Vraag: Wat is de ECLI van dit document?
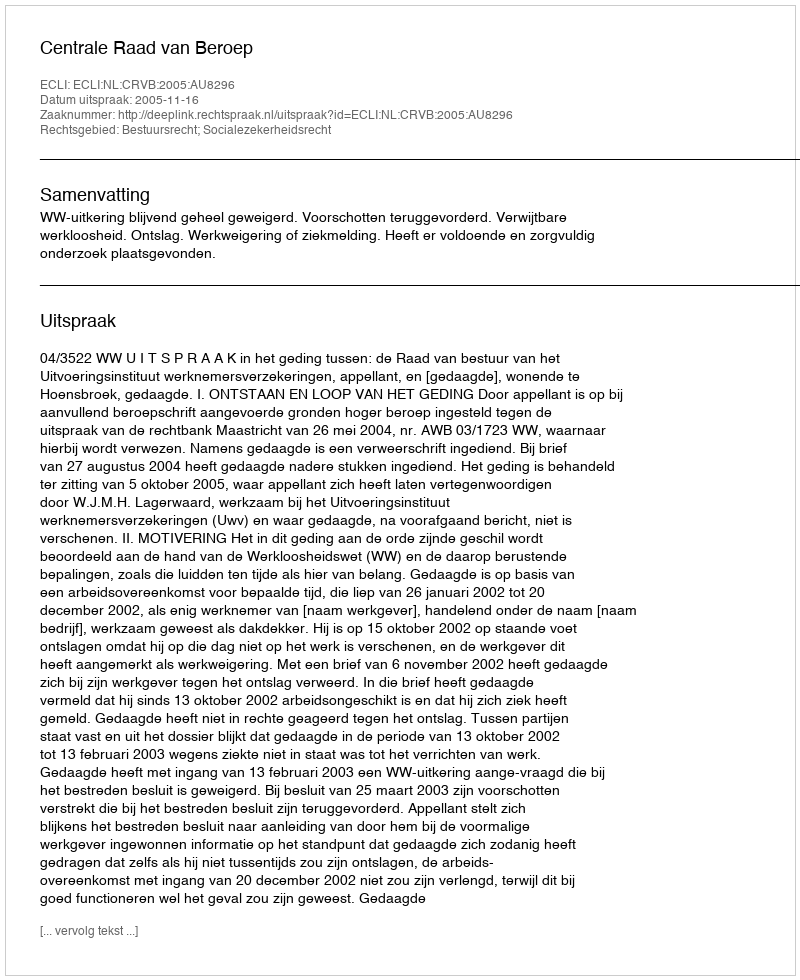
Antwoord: ECLI:NL:CRVB:2005:AU8296